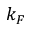
k _ { F }